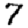
Digit: 7